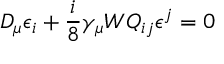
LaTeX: D _ { \mu } \epsilon _ { i } + \frac { i } { 8 } \gamma _ { \mu } W Q _ { i j } \epsilon ^ { j } = 0